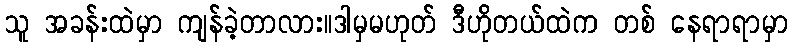
သူ အခန်းထဲမှာ ကျန်ခဲ့တာလား။ဒါမှမဟုတ် ဒီဟိုတယ်ထဲက တစ် နေရာရာမှာ